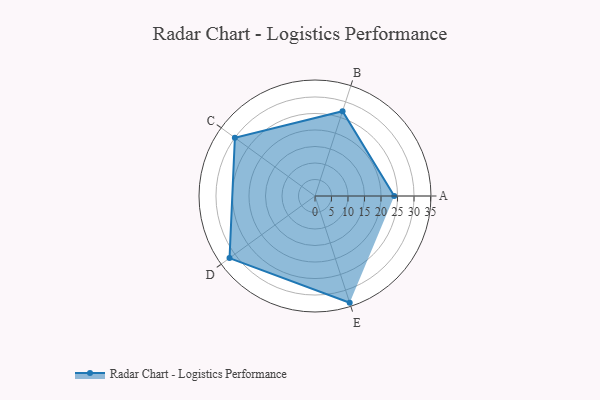
{"axis": {"x": "Skill", "y": "Score"}, "legend": ["Profile"], "data": [{"x": "A", "y": 24.0, "type": "Profile"}, {"x": "B", "y": 27.0, "type": "Profile"}, {"x": "C", "y": 30.0, "type": "Profile"}, {"x": "D", "y": 32.0, "type": "Profile"}, {"x": "E", "y": 34.0, "type": "Profile"}]}